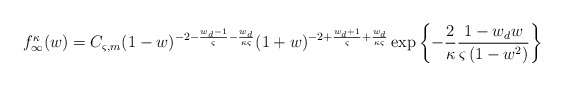
\begin{align*}f_\infty^\kappa(w) = C_{\varsigma,m}(1-w)^{-2-\frac{w_d-1}{\varsigma}-\frac{w_d}{\kappa\varsigma}}(1+w)^{-2+\frac{w_d+1}{\varsigma}+\frac{w_d}{\kappa\varsigma}}\exp\left\{-\frac{2}{\kappa}\frac{1-w_d w}{\varsigma\left(1-w^2\right)}\right\}\end{align*}